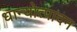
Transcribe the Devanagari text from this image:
धान्योत्पादन